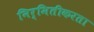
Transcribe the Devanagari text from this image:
निर्मितीकरता